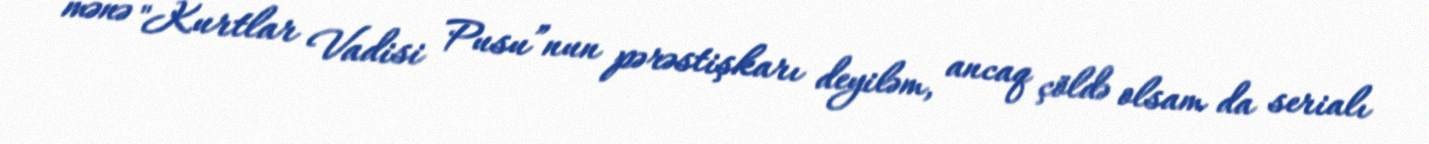
mənə "Kurtlar Vadisi Pusu”nun pərəstişkarı deyiləm, ancaq çöldə olsam da serialı